system: You are a helpful assistant.
user:
Analyze the provided spectrum to determine if it is a **"Cataclysmic Variables (CV)"**.

- **Key Indicators for CV (Check for either state):**
    - **State 1: Quiescent / Low-State (Emission-Dominated)**
        - **(Primary):** Strong and *very broad* Hydrogen Balmer emission lines (e.g., $H\alpha$ at 6563 Å, $H\beta$ at 4861 Å). The 'broadness' (high velocity dispersion, often FWHM > 1000 km/s) is the key diagnostic, indicating a high-velocity accretion disk.
        - **(Secondary):** Broad neutral Helium (He I) emission lines (e.g., 5876 Å, 6678 Å).
        - **(Key Confirmation):** Presence of high-excitation *ionized* Helium (He II) emission at 4686 Å. This is a strong indicator of accretion onto a white dwarf.
        - **(Line Profile):** Emission lines may exhibit a 'double-peaked' profile, which is a classic signature of a rotating accretion disk viewed at high inclination.

    - **State 2: Outburst / High-State (Absorption-Dominated)**
        - **(Primary):** Spectrum is dominated by a bright, blue continuum (looks like a hot star).
        - **(Secondary):** The emission lines from State 1 are weak, absent, or 'filled in', and are replaced by broad, shallow *absorption* lines (primarily Balmer and He I).
        - **(Morphology):** The overall spectrum mimics a hot B/A-type star. The crucial difference is that the absorption lines are significantly broader, shallower, and more 'washed-out' (or 'smeared') than the sharp lines of a normal stellar photosphere, due to high rotational speeds and pressure broadening in the disk.

Think first, call **spectral_visualization_tool** if needed to examine features in detail, then provide your final answer. Your response must adhere to the following strict rules:
1.  **Overall Structure:** Your response must follow the format `<think>...</think> <tool_call>...</tool_call> (if a tool is used) <answer>...</answer>`.
2.  **Tool Usage Constraint:** You may only make **one** tool call per turn.
3.  **Final Answer Format:** In the `<answer>` tag, your conclusion must be inside a `\boxed{}` command (e.g., `\boxed{YES}`), followed by your justification.

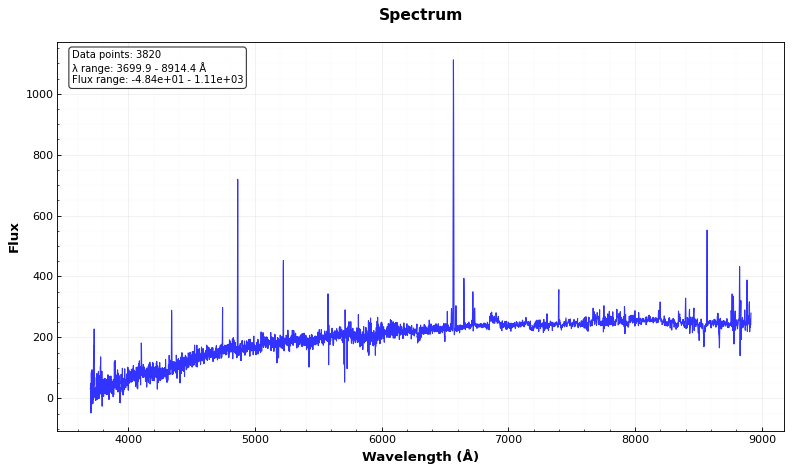
Answer: NO